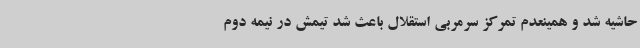
حاشیه شد و همینعدم تمرکز سرمربی استقلال باعث شد تیمش در نیمه دوم